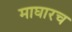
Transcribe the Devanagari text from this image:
माघारच